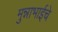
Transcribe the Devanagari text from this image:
मुन्नाभाईचे